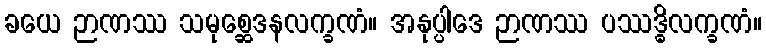
ခယေ ဉာဏဿ သမုစ္ဆေဒနလက္ခဏံ။ အနုပ္ပါဒေ ဉာဏဿ ပဿဒ္ဓိလက္ခဏံ။